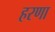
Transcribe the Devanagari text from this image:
हरणा